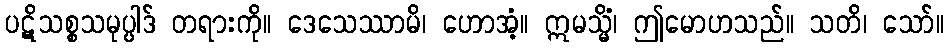
ပဋိသစ္စသမုပ္ပါဒ် တရားကို။ ဒေသေဿာမိ၊ ဟောအံ့။ ဣမသ္မိံ၊ ဤမောဟသည်။ သတိ၊ သော်။